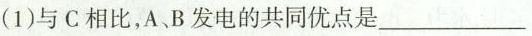
(1)与C相比，A、B发电的共同优点是____